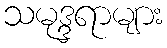
သမုဒ္ဒရာများ